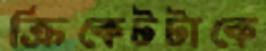
ক্রিকেটটাকে